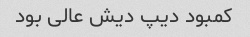
کمبود دیپ دیش عالی بود